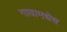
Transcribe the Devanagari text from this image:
गावामधेच